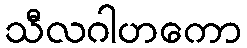
သီလဂါဟကော